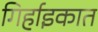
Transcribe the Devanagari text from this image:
गिर्हाइकात